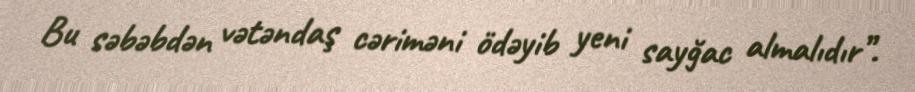
Bu səbəbdən vətəndaş cəriməni ödəyib yeni sayğac almalıdır”.